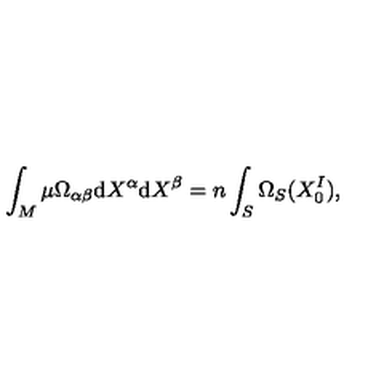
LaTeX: \int _ { M } \mu \Omega _ { \alpha \beta } \mathrm { d } X ^ { \alpha } \mathrm { d } X ^ { \beta } = n \int _ { S } \Omega _ { S } ( X _ { 0 } ^ { I } ) ,